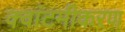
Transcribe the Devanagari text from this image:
क्वांटमीकरण